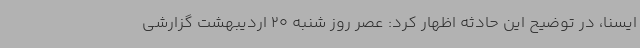
ایسنا، در توضیح این حادثه اظهار کرد: عصر روز شنبه 20 اردیبهشت گزارشی